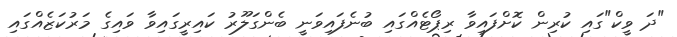
"ދަ ވީކް"ގައި ކުރިން ކޮށްފައިވާ ރިޕޯޓެއްގައި ބުނެފައިވަނީ ބެންގަލޫރު ކައިރީގައިވާ ވައިގެ މަރުކަޒެެއްގައި